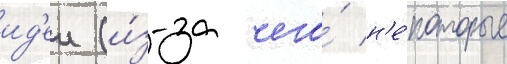
ид'еи (и́з-за чего́ н'е́которые